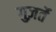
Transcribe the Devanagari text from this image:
गुज़र्ते